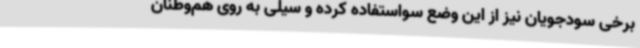
برخی سودجویان نیز از این وضع سواستفاده کرده و سیلی به روی هم‌وطنان